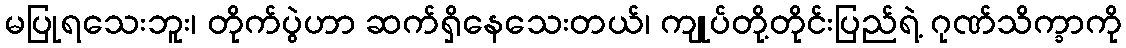
မပြုရသေးဘူး၊ တိုက်ပွဲဟာ ဆက်ရှိနေသေးတယ်၊ ကျုပ်တို့တိုင်းပြည်ရဲ့ ဂုဏ်သိက္ခာကို